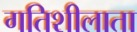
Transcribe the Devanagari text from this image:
गतिशीलाता